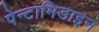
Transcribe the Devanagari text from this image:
पेन्टामिडाइन